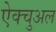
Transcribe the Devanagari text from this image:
ऐक्चुअल